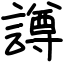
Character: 譐